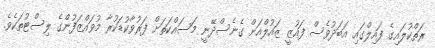
ރަތްކުލައިގެ ފައިލްގައި އަބަދުވެސް ފައުޒީ ޒައުލްއަށް ގެނެސްދޭނީ މަސައްކަތަށް ފަރުވާކުޑަކުރާ މުވައްޒަފުންގެ ލިސްޓުތަކެވެ.